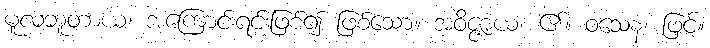
မူလဘူတာယ၊ အကြောင်းရင်းဖြစ်၍ ဖြစ်သော။ အဝိဇ္ဇာယ၊ ၏။ ဝသေန၊ ဖြင့်။